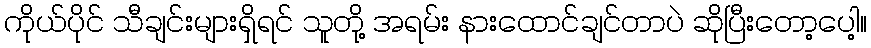
ကိုယ်ပိုင် သီချင်းများရှိရင် သူတို့ အရမ်း နားထောင်ချင်တာပဲ ဆိုပြီးတော့ပေါ့။